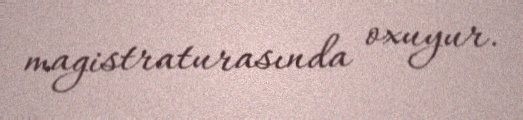
magistraturasında oxuyur.